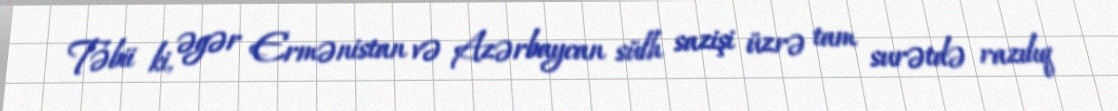
Təbii ki, əgər Ermənistan və Azərbaycan sülh sazişi üzrə tam surətdə razılıq